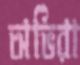
অভিরা